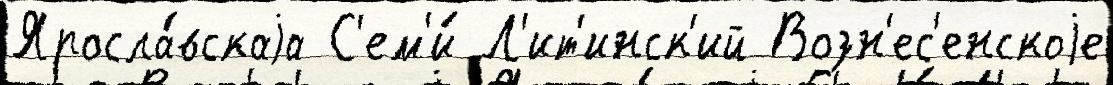
Яросла́вскаjа С'ем'и́ Л'ит'инск'ий Возн'ес'енскоjе